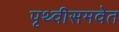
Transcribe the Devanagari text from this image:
पृथ्वीसमवेत